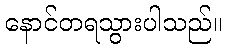
နောင်တရသွားပါသည်။